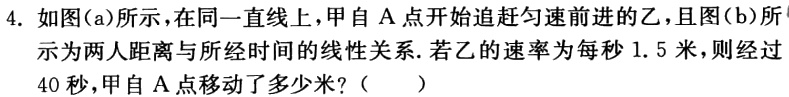
4. 如图(a)所示，在同一直线上，甲自 A 点开始追赶匀速前进的乙，且图(b)所示为两人距离与所经时间的线性关系. 若乙的速率为每秒 1.5 米，则经过 40 秒，甲自 A 点移动了多少米?（  ）